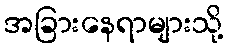
အခြားနေရာများသို့